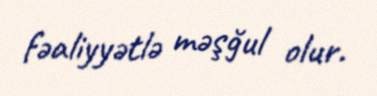
fəaliyyətlə məşğul olur.